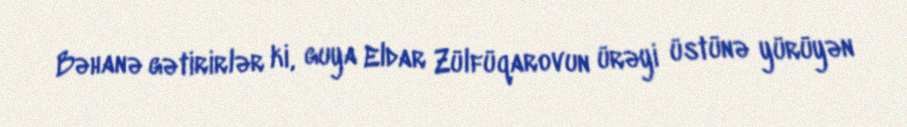
Bəhanə gətirirlər ki, guya Eldar Zülfüqarovun ürəyi üstünə yürüyən